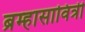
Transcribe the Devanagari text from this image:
ब्रम्हासावित्री